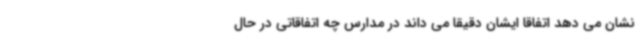
نشان می دهد اتفاقا ایشان دقیقا می داند در مدارس چه اتفاقاتی در حال